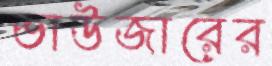
ভাউজারের